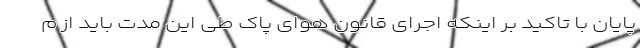
پایان با تاکید بر اینکه اجرای قانون هوای پاک طی این مدت باید از م